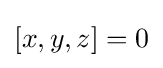
[x,y,z]=0